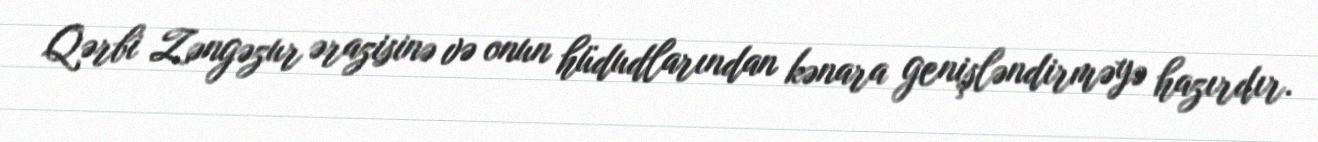
Qərbi Zəngəzur ərazisinə və onun hüdudlarından kənara genişləndirməyə hazırdır.